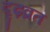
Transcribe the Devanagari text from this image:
दृढ़व्रत